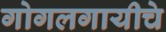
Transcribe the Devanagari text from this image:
गोगलगायीचे